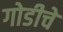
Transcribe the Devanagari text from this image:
गोडीचे